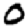
Digit: 0